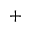
+